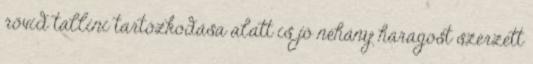
rövid tallini tartózkodása alatt is jó néhány haragost szerzett